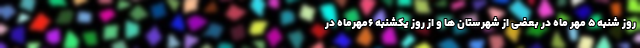
روز شنبه ۵ مهر ماه در بعضی از شهرستان ها و از روز یکشنبه ۶مهرماه در